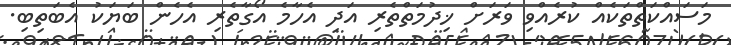
މަސައްކަތްތަކެއް ކުރެއްވި ވަރަށް ޚިދުމަތްތެރި އަދި އެހާމެ އޯގާތެރި އެހެން ބަޔަކު އެބަތިބި.